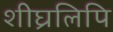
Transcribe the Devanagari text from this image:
शीघ्रलिपि